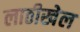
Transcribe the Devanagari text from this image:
लाठीखेल